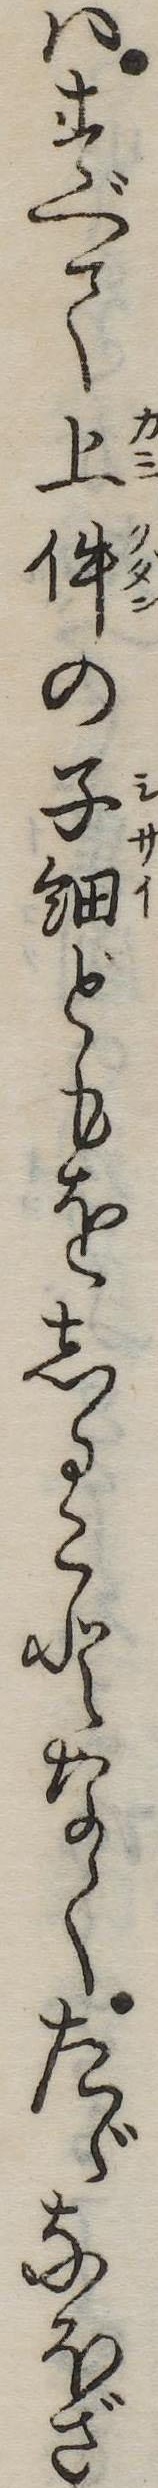
はすべて上件の子細どもをしることなくたゞなほざ